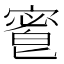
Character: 𡪆